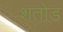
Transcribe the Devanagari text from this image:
शतोड